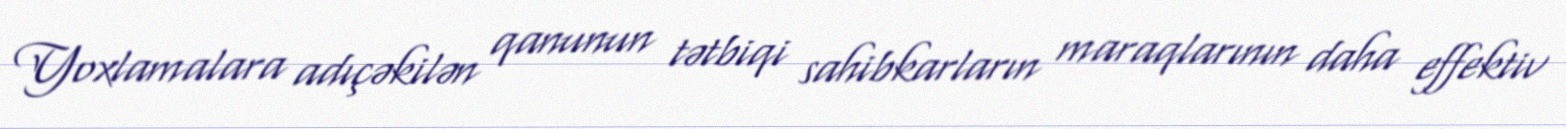
Yoxlamalara adıçəkilən qanunun tətbiqi sahibkarların maraqlarının daha effektiv